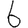
Digit: 6